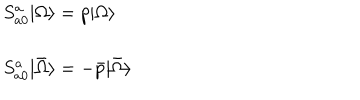
LaTeX: \begin{array} { l } { { S _ { a 0 } ^ { a } | \Omega \rangle = p | \Omega \rangle } } \\ { { \ } } \\ { { S _ { a 0 } ^ { a } | \bar { \Omega } \rangle = - \bar { p } | \bar { \Omega } \rangle } } \\ \end{array}